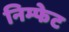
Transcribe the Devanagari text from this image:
निम्फेट